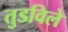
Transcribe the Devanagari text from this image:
तुडविले